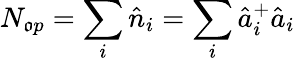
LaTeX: N_{\mathfrak{o}p}=\sum_{i}\hat{{n}}_{i}=\sum_{i}\hat{{a}}_{i}^{+}\hat{{a}}_{i}